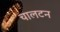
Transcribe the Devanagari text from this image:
चालटन